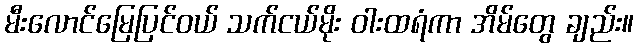
မီးလောင်မြေပြင်ဝယ် သက်ငယ်မိုး ဝါးထရံကာ အိမ်တွေ ချည်း။